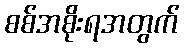
စစ်အစိုးရအတွက်